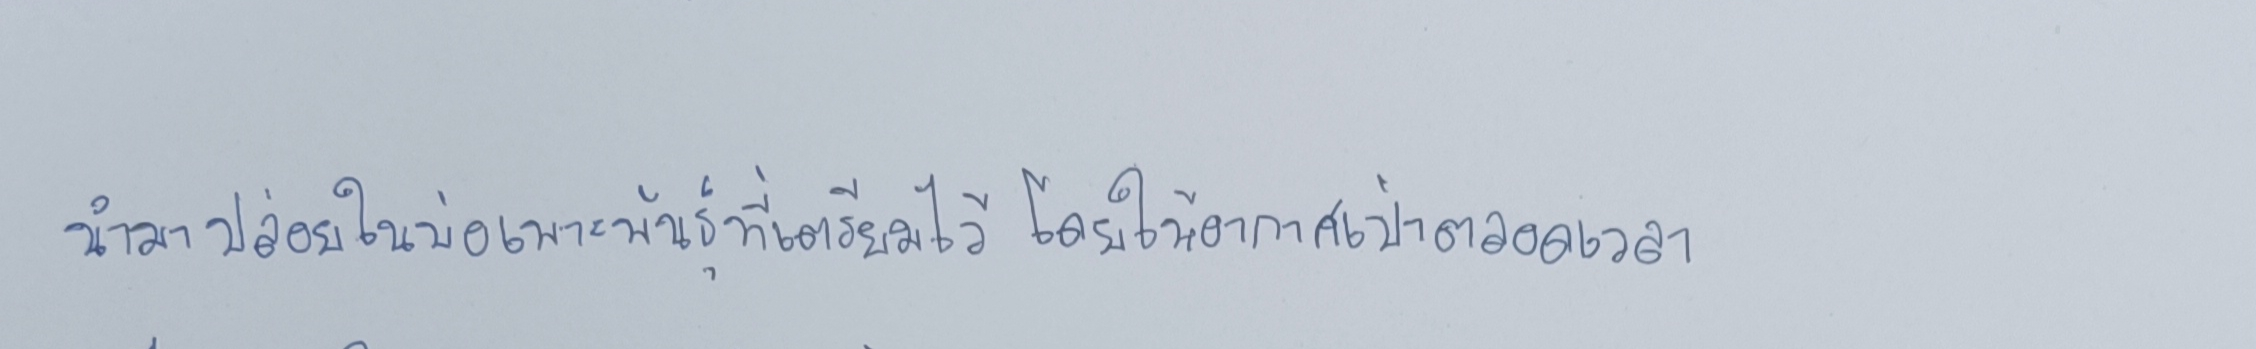
นำมาปล่อยในบ่อเพาะพันธุ์ที่เตรียมไว้โดยให้อากาศเป่าตลอดเวลา